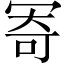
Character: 𠖏